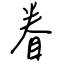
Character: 眷